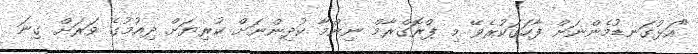
"އަޅުގަނޑުމެންނަށް ފާހަގަކުރެވޭ މި ޕްރޮގްރާމް ނިންމާ ކުދިންނަށް ކުރިޔަށް ދިއުމުގެ ވަރަށް ގިނަ